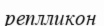
реплликон